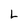
Character: L